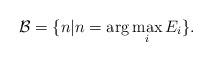
LaTeX: \begin{align*} \mathcal{B}=\{n|n=\arg\max_i E_i\}.\end{align*}